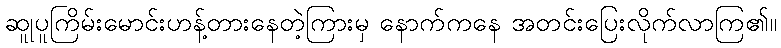
ဆူုပူကြိမ်းမောင်းဟန့်တားနေတဲ့ကြားမှ နောက်ကနေ အတင်းပြေးလိုက်လာကြ၏။